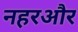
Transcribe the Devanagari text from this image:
नहरऔर